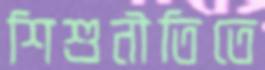
শিশুনীতিতে